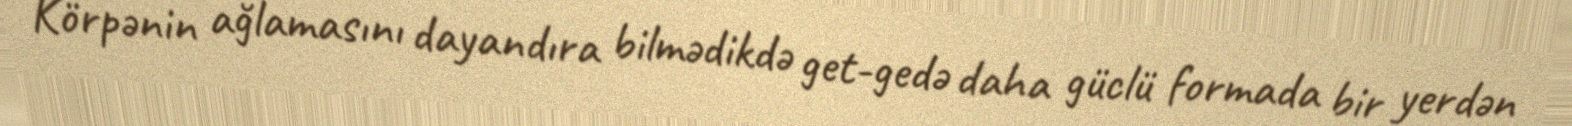
Körpənin ağlamasını dayandıra bilmədikdə get-gedə daha güclü formada bir yerdən